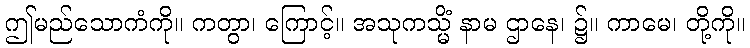
ဤမည်သောကံကို။ ကတွာ၊ ကြောင့်။ အသုကသ္မိံ နာမ ဌာနေ၊ ၌။ ကာမေ၊ တို့ကို။